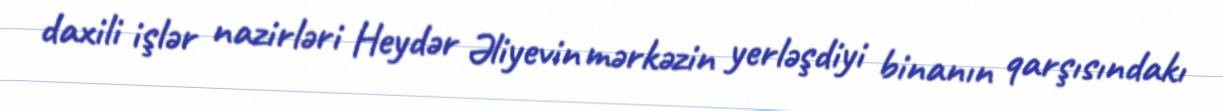
daxili işlər nazirləri Heydər Əliyevin mərkəzin yerləşdiyi binanın qarşısındakı